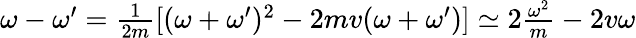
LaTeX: \begin{array}{r}{\omega-\omega^{\prime}=\frac{1}{2m}[(\omega+\omega^{\prime})^{2}-2mv(\omega+\omega^{\prime})]\simeq 2\frac{\omega^{2}}{m}-2v\omega}\end{array}